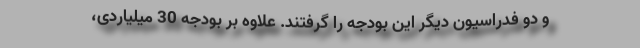
و دو فدراسیون دیگر این بودجه را گرفتند. علاوه بر بودجه 30 میلیاردی،